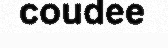
coudee